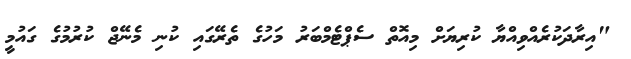
"އިރާދަކުރެއްވިއްޔާ ކުރިޔަށް މިއޮތް ސެޕްޓެމްބަރު މަހުގެ ތެރޭގައި ކުނި މެނޭޖް ކުރުމުގެ ގައުމީ